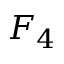
F _ { 4 }